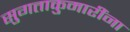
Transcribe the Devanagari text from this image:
सुगताकुमारींना